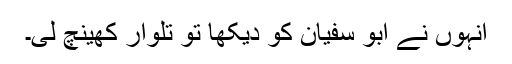
انہوں نے ابو سفیان کو دیکھا تو تلوار کھینچ لی۔